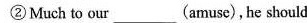
② Much to our___(amuse),he should